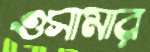
ওসামার